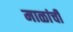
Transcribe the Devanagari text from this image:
माळांची